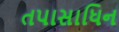
તપાસાધિન